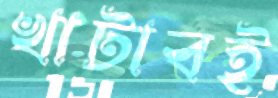
খাটাবই